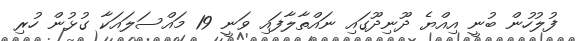
ފުލުހުން ބުނީ އިއްޔެ ދޫނިދޫގައި ނައްތާލާފައި ވަނީ 19 މައްސަލައަކާ ގުޅުން ހުރި